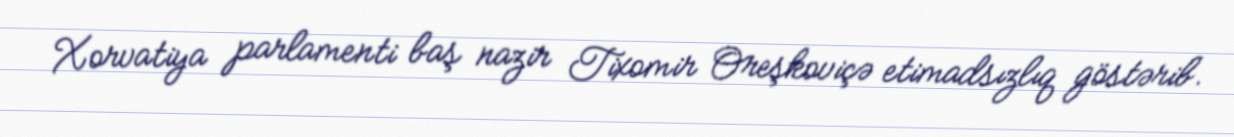
Xorvatiya parlamenti baş nazir Tixomir Oreşkoviçə etimadsızlıq göstərib.